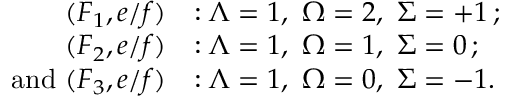
\begin{array} { r l } { ( F _ { 1 } , e / f ) } & { : \ensuremath { \Lambda } = 1 , \ \ensuremath { \Omega } = 2 , \ \ensuremath { \Sigma } = + 1 \, ; } \\ { ( F _ { 2 } , e / f ) } & { : \ensuremath { \Lambda } = 1 , \ \ensuremath { \Omega } = 1 , \ \ensuremath { \Sigma } = 0 \, ; } \\ { \mathrm { a n d ~ } ( F _ { 3 } , e / f ) } & { : \ensuremath { \Lambda } = 1 , \ \ensuremath { \Omega } = 0 , \ \ensuremath { \Sigma } = - 1 . } \end{array}